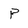
Character: P